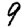
Digit: 9